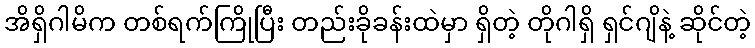
အိရှိဂါမိက တစ်ရက်ကြိုပြီး တည်းခိုခန်းထဲမှာ ရှိတဲ့ တိုဂါရှိ ရှင်ဂျိနဲ့ ဆိုင်တဲ့